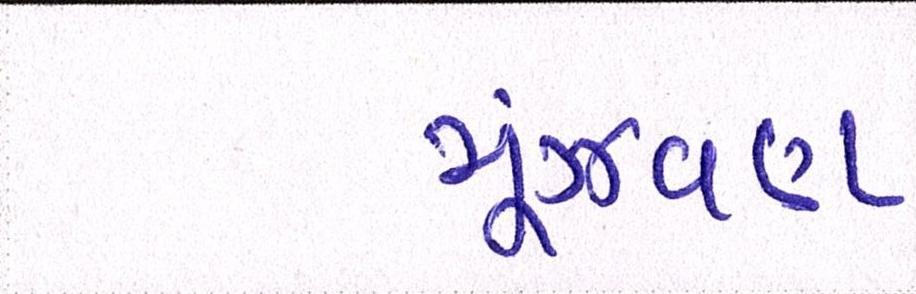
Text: મૂંઝવણ